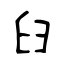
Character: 𦥑